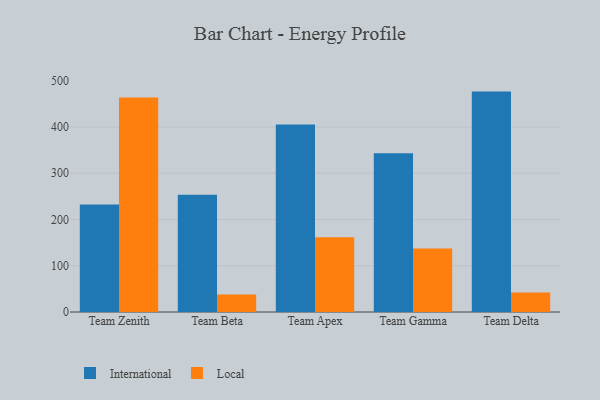
{"axis": {"x": "Team", "y": "Population (Million)"}, "legend": ["International", "Local"], "data": [{"x": "Team Zenith", "y": 232.3, "type": "International"}, {"x": "Team Zenith", "y": 463.5, "type": "Local"}, {"x": "Team Beta", "y": 253.5, "type": "International"}, {"x": "Team Beta", "y": 37.8, "type": "Local"}, {"x": "Team Apex", "y": 405.2, "type": "International"}, {"x": "Team Apex", "y": 161.6, "type": "Local"}, {"x": "Team Gamma", "y": 343.4, "type": "International"}, {"x": "Team Gamma", "y": 137.3, "type": "Local"}, {"x": "Team Delta", "y": 476.5, "type": "International"}, {"x": "Team Delta", "y": 42.3, "type": "Local"}]}